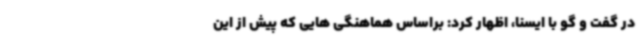
در گفت و گو با ایسنا، اظهار کرد: براساس هماهنگی هایی که پیش از این